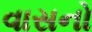
વાસનો